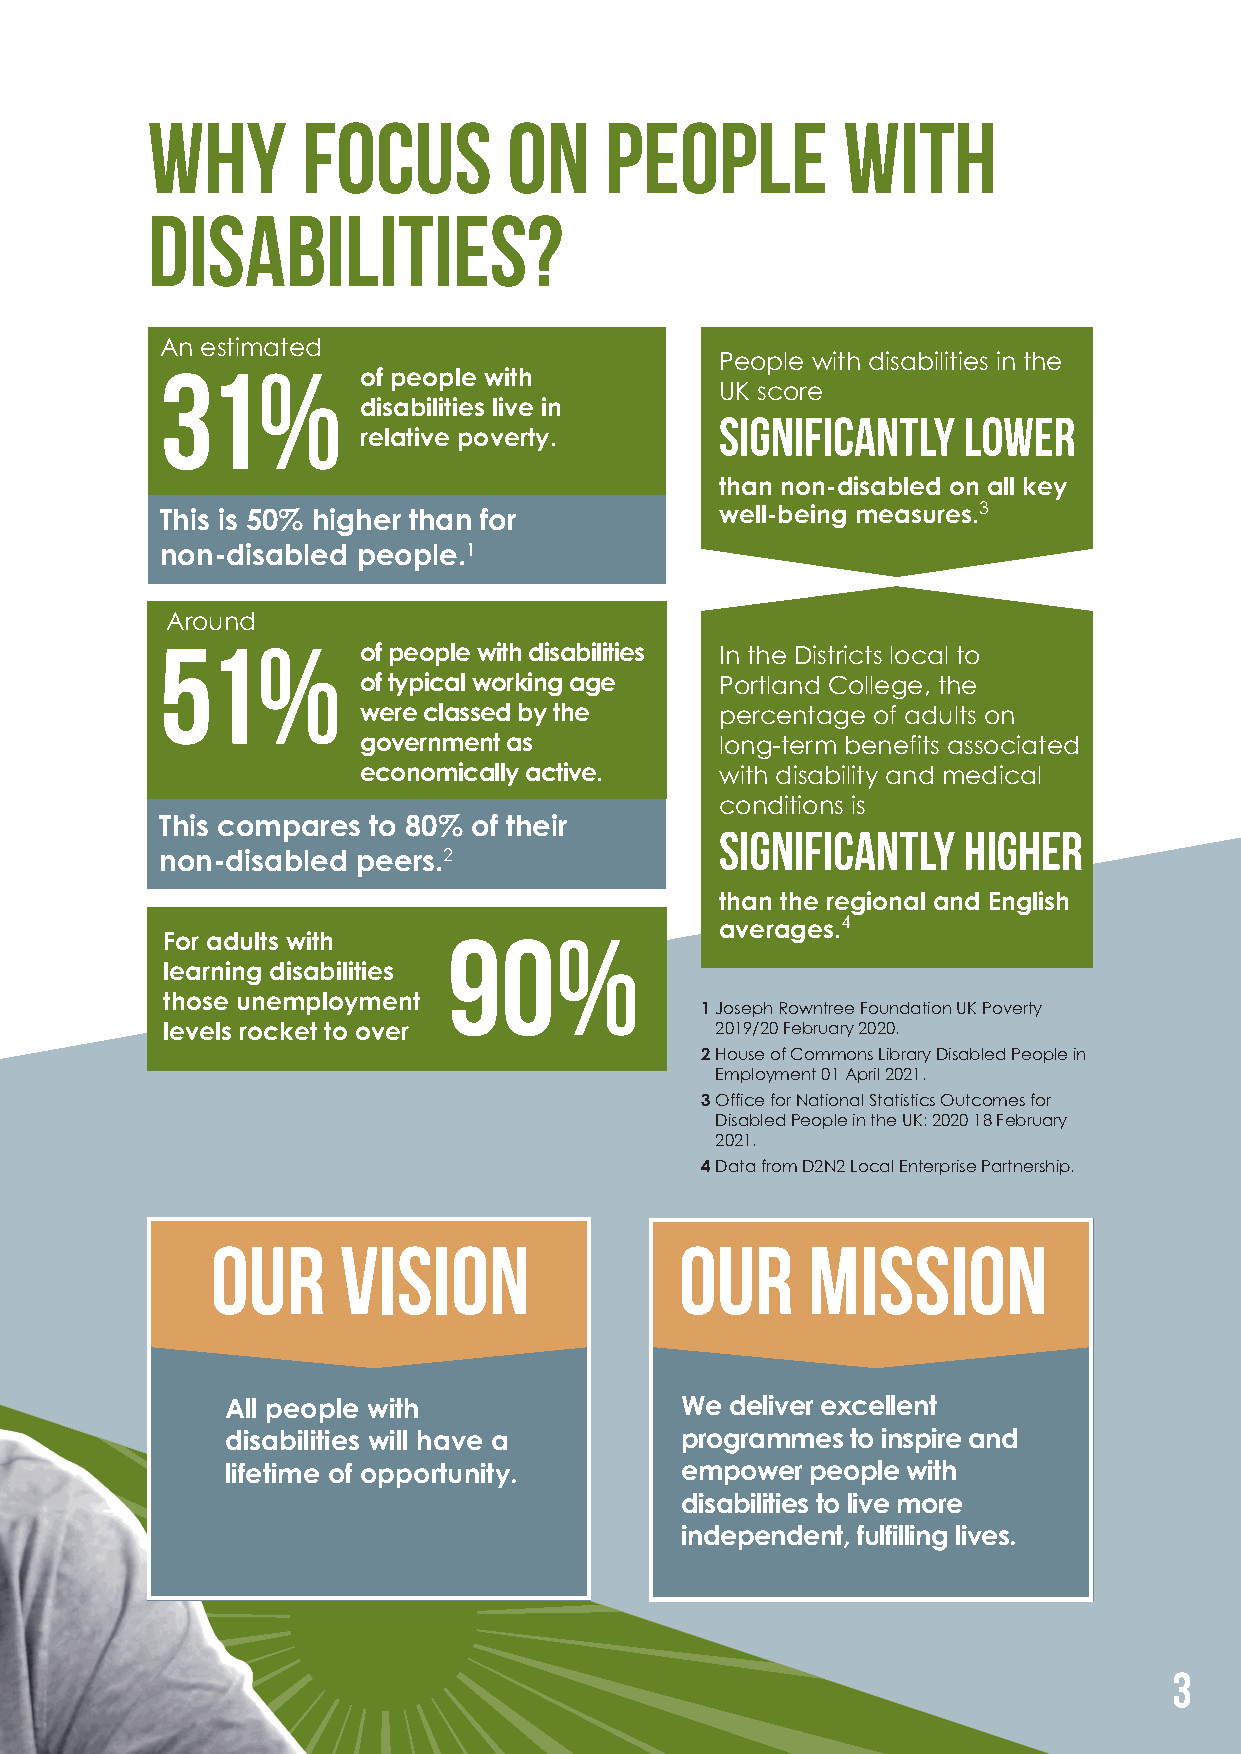
Why       focus         on    people          with
 disabilities?
 A3n e1stim%ated
 People with disabilities in the
 of people with
 UK score
 disabilities live in    significantly   lower
 relative poverty.
 than non-disabled on all key
 3
 This is 50% higher than for          well-being measures.
 non-disabled people.1
 5Aro1und%
 of people with disabilities In the Districts local to
 of typical working age  Portland College, the
 were classed by the     percentage of adults on
 government as           long-term benefits associated
 economically active.    with disability and medical
 conditions is
 This compares to 80% of their        significantly   HIGHER
 non-disabled peers.2
 than the regional and English
 90%
 4
 averages.
 For adults with
 learning disabilities
 those unemployment
 1Joseph Rowntree Foundation UK Poverty
 levels rocket to over               2019/20 February 2020.
 2House of Commons Library Disabled People in
 Employment 01 April 2021.
 3Office for National Statistics Outcomes for
 Disabled People in the UK: 2020 18 February
 2021.
 4Data from D2N2 Local Enterprise Partnership.
 Our      VISION                Our     MISSION
 All people with               We deliver excellent
 disabilities will have a      programmes to inspire and
 lifetime of opportunity.      empower  people with
 disabilities to live more
 independent, fulfilling lives.
 3